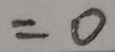
= 0